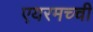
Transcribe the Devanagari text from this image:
एयरमच्ची